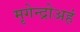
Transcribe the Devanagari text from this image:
मृगेन्द्रोअहं